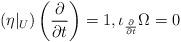
LaTeX: \begin{align*} \left(\eta|_{U}\right)\left(\frac{\partial}{\partial t}\right)=1,\iota_{\frac{\partial}{\partial t}}\Omega=0\end{align*}